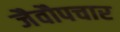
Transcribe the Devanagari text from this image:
जैवौपचार